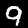
Label: 9